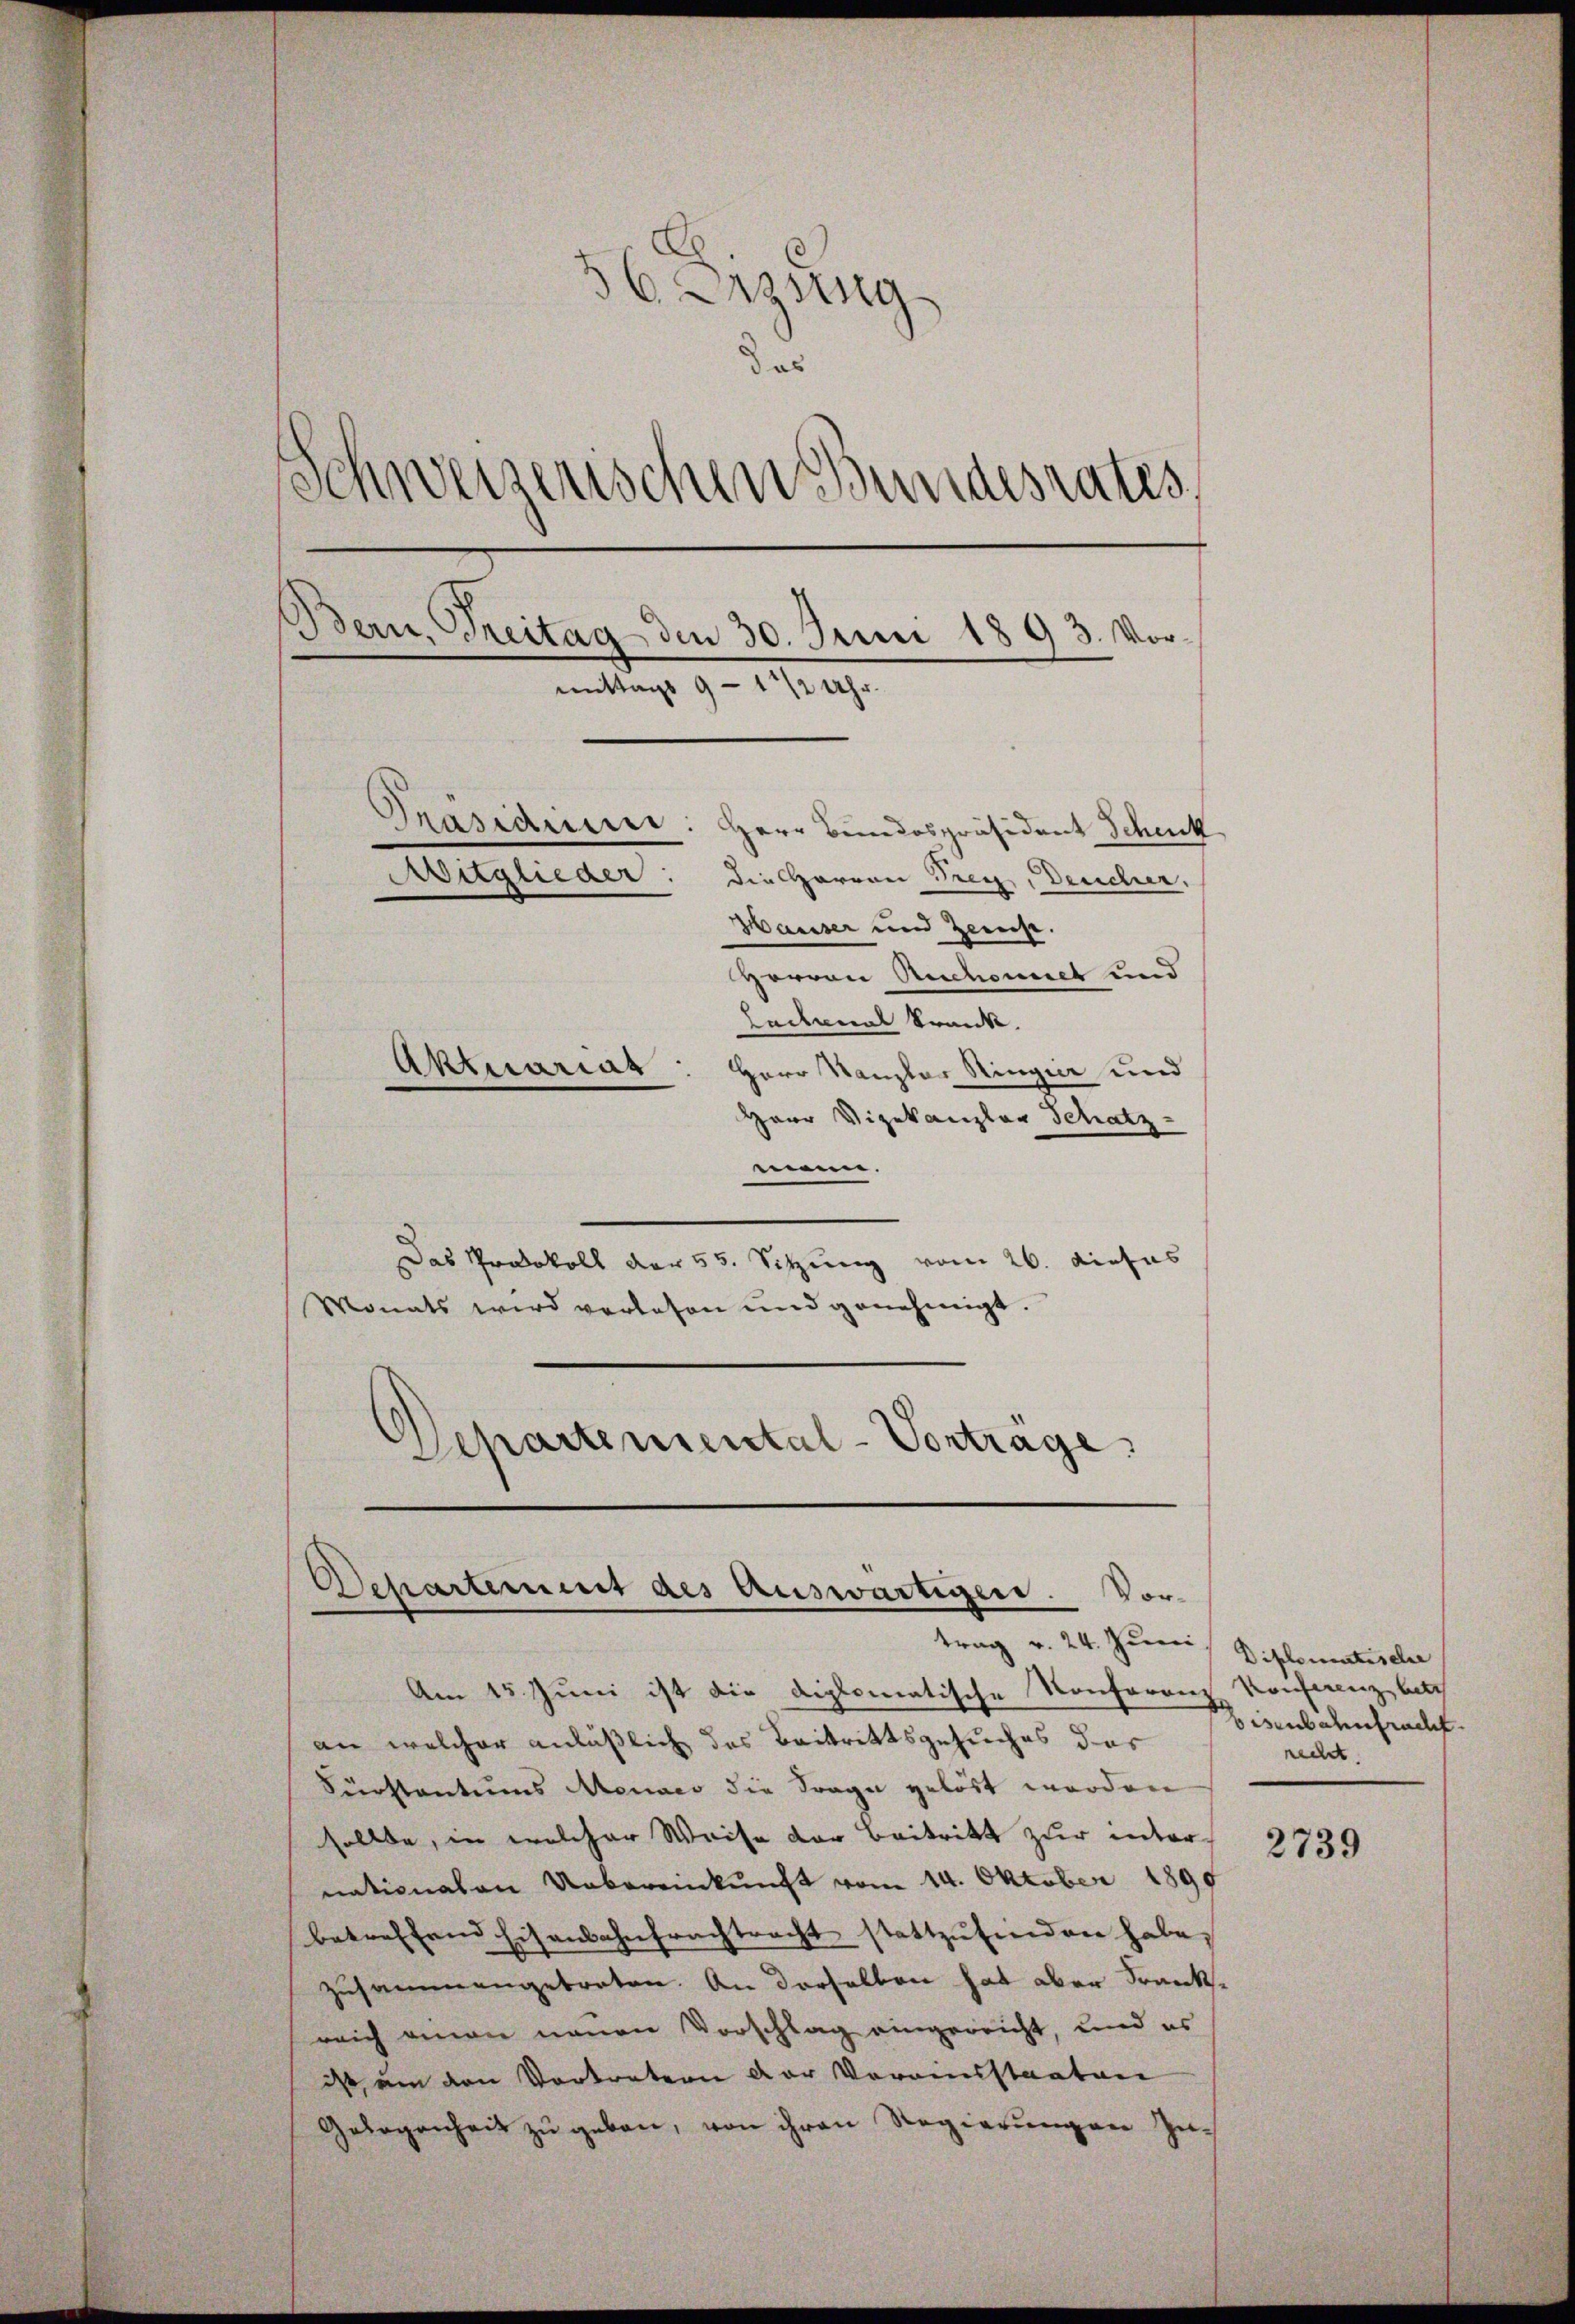
36. Losung
d as
.
verzerischen Bundesrates,
Bern, Freitag den 30. Juni 1893. Vormittags 9 - 11/2 Uhr.
Präsidiere: Herr Bundespräsident Schenk
Aitglieder: die Harren Frey, Deucher,
Hausser und Zeenst.
Horron Reschonnet und
Lecanal krank.
Aktuariat
Herr Kanzler Ringier und
Herr Vizekanzler Schatz-

mann.
Das Protokoll der 55. Sitzung vom 26. dietas
Monats wird verlesen und genehmigt.
Departemental-Vorträge

Am 15. Juni ist die diplomatische Konferenz Konferenz bitt
an welcher anläßlich das Beitrittsgesuches das
Serstantums Menaeo die Frage gelöst werden
sollte, in welcher Weise der Beitritt zur internationalen Uebereinkunft vom 14. Oktober 1890
betreffend Eisenbahnfrachtracht stattzŭfinden habe.
zusammengebraten. An derselben hat aber Frankreich einen neuen Vorschlag eingereicht, und es
is um den Vortretern der Vorausstaaten
Gelegenheit zŭ geben, von ihren Regierungen Zu¬

Departement des Auswärtigen. Vortrag v. 24. Juni, Diplomatische

bisenbahnfrucht.
recht.

2739